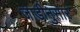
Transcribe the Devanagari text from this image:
जाडीनुसार